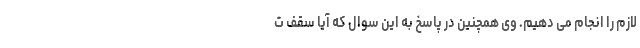
لازم را انجام می دهیم. وی همچنین در پاسخ به این سوال که آیا سقف ت